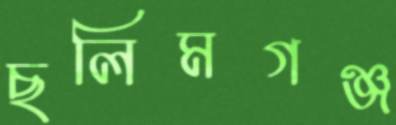
ছলিমগঞ্জ